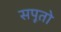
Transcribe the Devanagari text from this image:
सपूतो